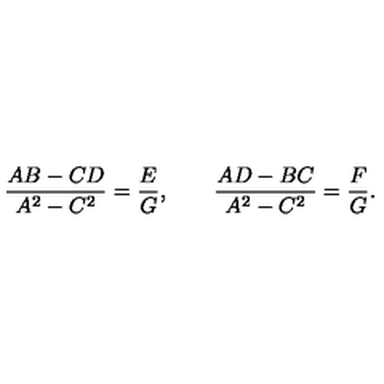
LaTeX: { \frac { A B - C D } { A ^ { 2 } - C ^ { 2 } } } = { \frac { E } { G } } , \qquad { \frac { A D - B C } { A ^ { 2 } - C ^ { 2 } } } = { \frac { F } { G } } .